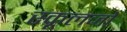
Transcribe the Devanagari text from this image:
स्कूलजो